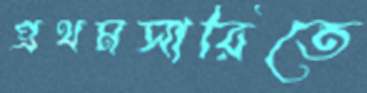
প্রথমসারিতে